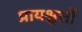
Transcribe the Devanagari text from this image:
प्रायश्चत्तों